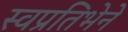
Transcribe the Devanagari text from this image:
स्वप्रतिभेने